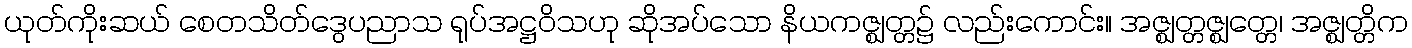
ယုတ်ကိုးဆယ် စေတသိတ်ဒွေပညာသ ရုပ်အဋ္ဌဝိသဟု ဆိုအပ်သော နိယကဇ္ဈတ္တ၌ လည်းကောင်း။ အဇ္ဈတ္တဇ္ဈတ္တေ၊ အဇ္ဈတ္တိက